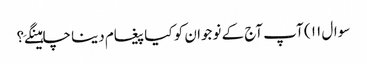
سوال ۱۱ ) آپ آج کے نوجوان کو کیا پیغام دینا چاہینگےَ؟